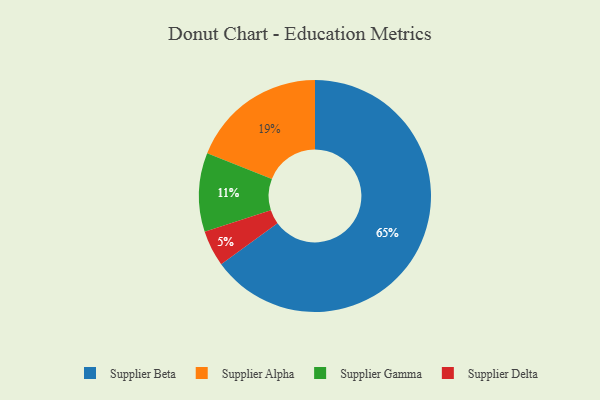
{"axis": {"x": "Category", "y": "Percentage"}, "legend": ["Supplier Alpha", "Supplier Beta", "Supplier Delta", "Supplier Gamma"], "data": [{"x": "Supplier Alpha", "y": 19, "type": "Supplier Alpha"}, {"x": "Supplier Delta", "y": 5, "type": "Supplier Delta"}, {"x": "Supplier Beta", "y": 65, "type": "Supplier Beta"}, {"x": "Supplier Gamma", "y": 11, "type": "Supplier Gamma"}]}